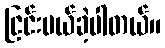
ငြင်းပယ်ခဲ့ပါတယ်။